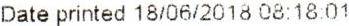
DATE PRINTED 18/06/2018 08:18:01